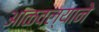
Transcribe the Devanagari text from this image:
आळवल्याने